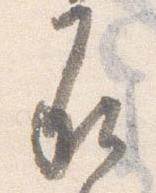
承